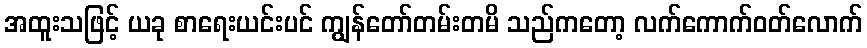
အထူးသဖြင့် ယခု စာရေးယင်းပင် ကျွန်တော်တမ်းတမိ သည်ကတော့ လက်ကောက်ဝတ်လောက်